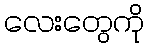
လေးတွေကို